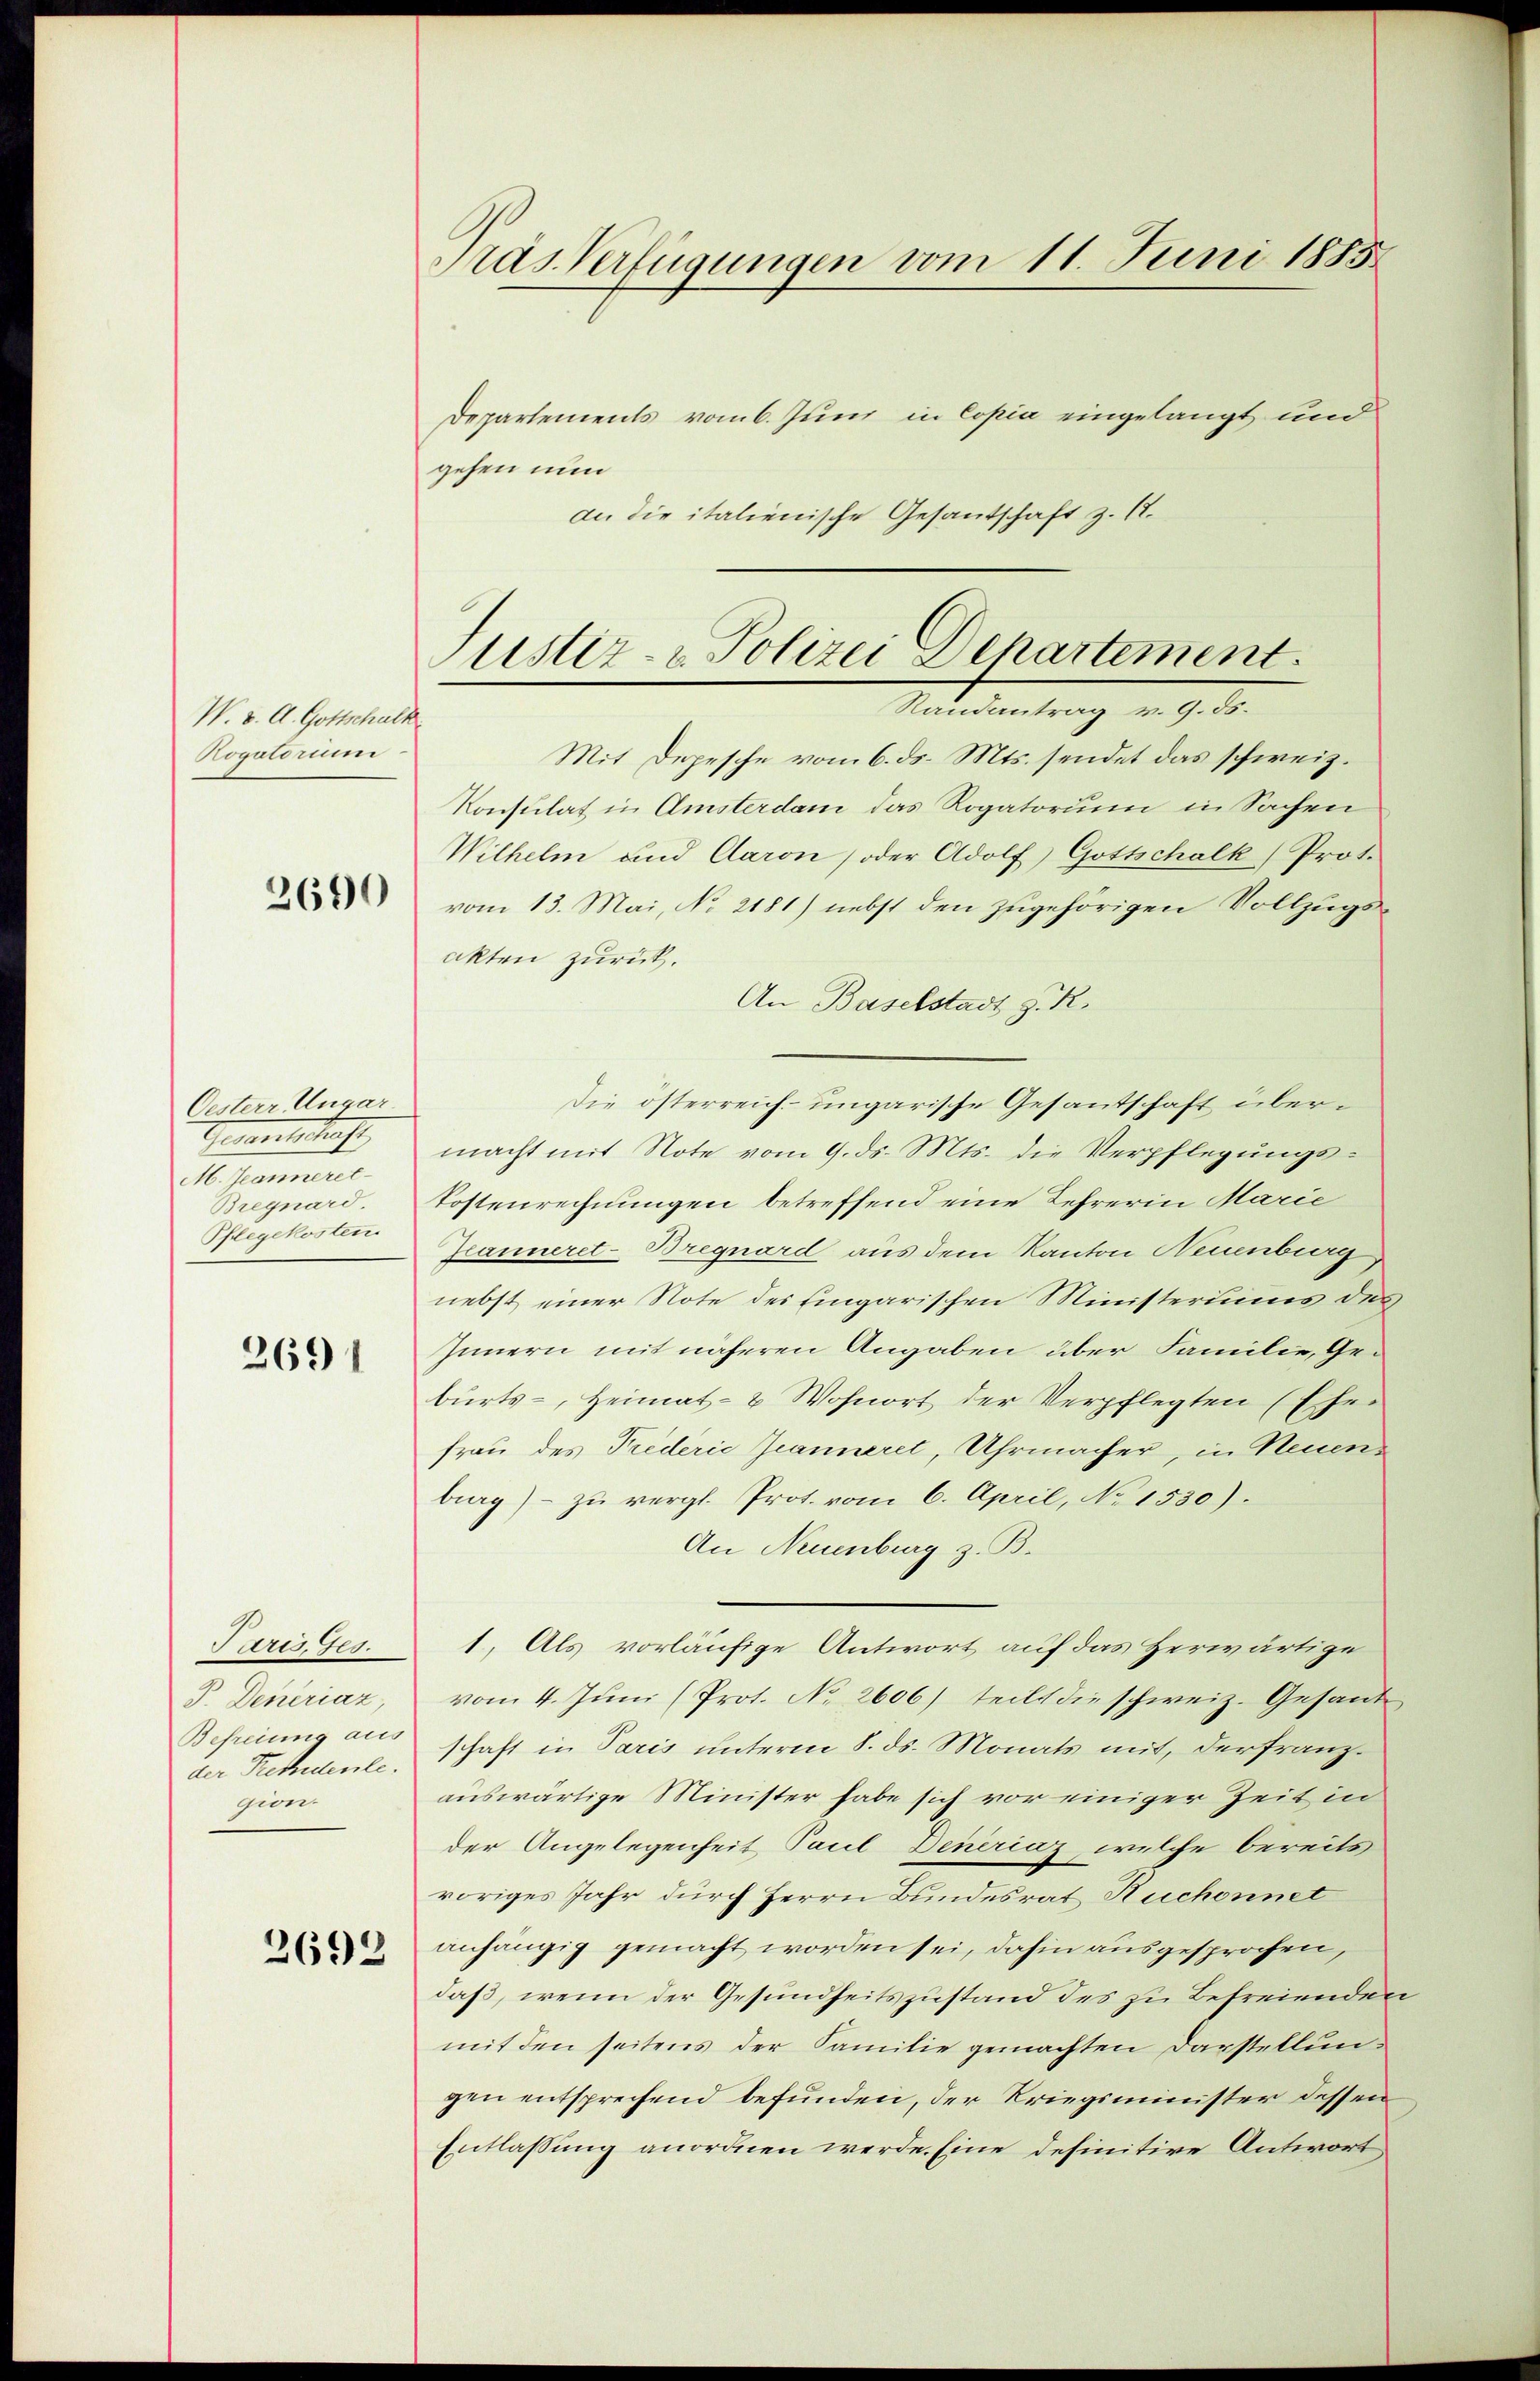
W. v. A. Gottschalk
Rogatorium

2690

Oesterr Ungar
Guartschaft
M. Jeannerec
Bregnard.
Pflegekosten.

2691

Paris, Ges.
P. Deneriaz,
Befreiung aus
der Trefidente.
gion.

2692

Pras Verfügungen vom 11. Juni 1885

Departements vom 6. Juni in Copia eingelangt und
gehen nun
an die italienische Gesantschaft z. B.
Mit Depesche vom 6. ds. Mts. sendet das schweiz.
Konsulat in Amsterdam das Rogatorium in Sachen
Wilhelm und Aaron, oder Adolf) Gottschalk) Prot.
vom 13. Mai, No 2181) nebst den zugehörigen Vollzugsakten zurück.
An Baselstadt z. R.
Die österreich- ungarische Gesantschaft übermacht mit Note vom 9. ds. Mts. die Verpflegungs-
Tostenrechnungen betreffend eine Lehrerin Marie
Jeanneret-Bregnard aus dem Kanton Neuenburg
nebst einer Note des Eingarischen Ministeriums der
Innern mit näheren Angaben über Familie, Geburts-, Heimat- & Wohnort der Verpflegten (Eher
frau des Prederić Jeanneret, Uhrmacher, in Neuenburg) - zu vergl. Prot. vom 6. April, No 1530).
An Neuenburg z. B.
1. Als vorläufige Antwort auf das Herwärtige
vom 4. Juni (Prot. No 2606) teils die schweiz. Gesand
schaft in Paris unterm 8. ds. Monats mit, der franzauswärtige Minister habe sich vor einiger Zeit in
der Angelegenheit, Paul Deneriaz, welche bereits
voriges Jahr durch Herrn Bundesrat Ruchonnet
anhängig gemacht worden sei, dahin ausgesprochen,
daß, wenn der Gesundheitszustand des zu Befreienden
mit den seitens der Familie gemachten Darstellungen entsprechend befunden, der Kriegsminister dessen
Entlassung anordnen werde. Eine definitive Antwort

Justiz- & Polizei Departement.
Randantrag v. 9. 55.